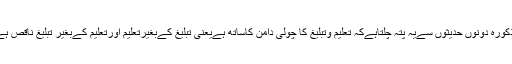
مذکورہ دونوں حدیثوں سےیہ پتہ چلتاہےکہ تعلیم وتبلیغِ کا چولی دامن کاساتھ ہےیعنی تبلیغ کےبغیرتعلیم اورتعلیم کےبغیر تبلیغ ناقص ہے۔